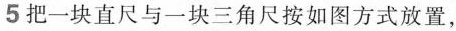
5把一块直尺与一块三角尺按如图方式放置，